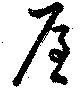
屋